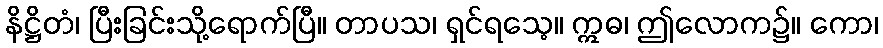
နိဋ္ဌိတံ၊ ပြီးခြင်းသို့ရောက်ပြီ။ တာပသ၊ ရှင်ရသေ့။ ဣဓ၊ ဤလောက၌။ ကော၊